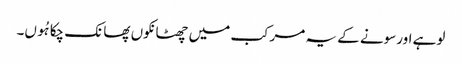
لوہے اورسونے کے یہ مرکب میں چھٹانکوں پھانک چکا ہُوں۔